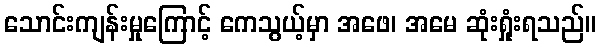
သောင်းကျန်းမှုကြောင့် ကေသွယ့်မှာ အဖေ၊ အမေ ဆုံးရှုံးရသည်။